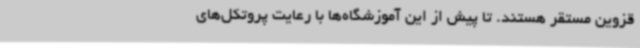
قزوین مستقر هستند. تا پیش از این آموزشگاه‌ها با رعایت پروتکل‌های